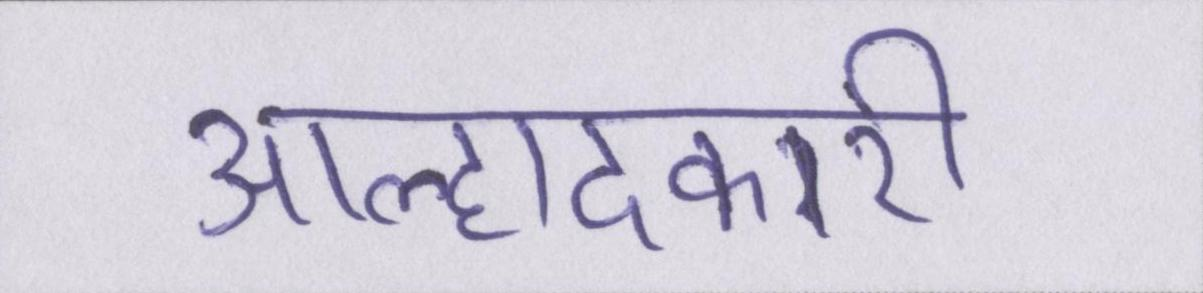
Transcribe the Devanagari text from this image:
आह्लादकारी